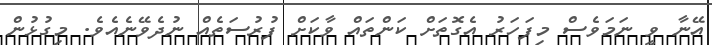
އޭނާ ވީ ނަމަވެސް މިފަހަރު އެގޮތަށް ކަންތައް ވާކަށް ފުރުސަތެއް ނުދެވޭނެއެވެ. މިގުޅުން